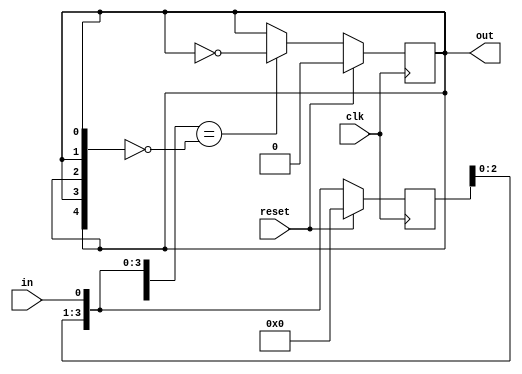
`timescale 1ns/10ps
/*
debounce.v
2019-04-11 Samuel B Powell
samuel.powell@uq.edu.au

Button debouncer.
If StableTime == 0, the debouncer will be implemented as a shift register with
    Bits flip-flops. The necessary time for IN to be stable before OUT will
    switch is (Bits + 1) rising edges of CLK
If StableTime is non-zero, the debouncer will be implemented as a counter with
    Bits bits. The necessary time for IN to be stable before OUT will switch
    is StableTime rising edges of CLK.

StableState controls the debouncer's preffered output state:
    if "LOW" then OUT == 0 is stable:
        IN must remain 1 for the necessary time for OUT to switch to 1
        if IN is 0 at any rising edge of CLK, then OUT will switch to 0
    if "HIGH" then OUT == 1 is stable, with similar semantics to "LOW"
    if "BOTH" then OUT prefers not to change in either state:
        IN must remain ~OUT for the necessary time for OUT to switch to IN

*/

module debounce #(
    parameter Bits = 4,
    parameter StableTime = 0,
    parameter StableState = "BOTH" //"LOW", "HIGH", or "BOTH"
)(
    input wire clk,
    input wire reset,

    input wire in,
    output reg out
);

wire stable_bit;
reg [Bits-1:0] state, state_D;
reg out_D;

always @(posedge clk) begin
    if(reset) begin
        state <= 0;
        out <= 0;
    end else begin
        state <= state_D;
        out <= out_D;
    end
end

generate

case(StableState)
"LOW": assign stable_bit = 1'b0;
"HIGH": assign stable_bit = 1'b1;
default: assign stable_bit = out;
endcase

if(StableTime == 0) begin
//implement as a shift register
wire [Bits:0] state_in = {state, in};
always @* begin
    //shift
    state_D = state_in[Bits-1:0];
    //we only switch to the "unstable bit" if all of the bits equal it
    if(state_in == ~{Bits+1{stable_bit}})
        out_D = ~stable_bit;
    else //otherwise return to the stable_bit
        out_D = stable_bit;
end
//end shift register
end else begin
//implement as a counter

always @* begin
    out_D = out;
    state_D = state;
    //count down
    if(state > 0) state_D = state-1;
    
    if(in == stable_bit) begin
        //reset the timer whenever we're in the stable state
        state_D = StableTime - 1;
        out_D = stable_bit;
    end else if(state == 0) begin
        //if the timer ran out then we can switch
        out_D = ~stable_bit;
    end
end
//end counter
end
endgenerate

endmodule